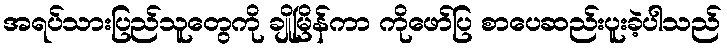
အရပ်သားပြည်သူတွေကို ချိုမြိန်ကာ ကိုဖော်ပြ စာပေဆည်းပူးခဲ့ပါသည်